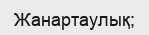
Жанартаулық;